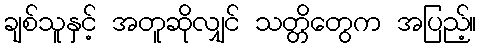
ချစ်သူနှင့် အတူဆိုလျှင် သတ္တိတွေက အပြည့်။